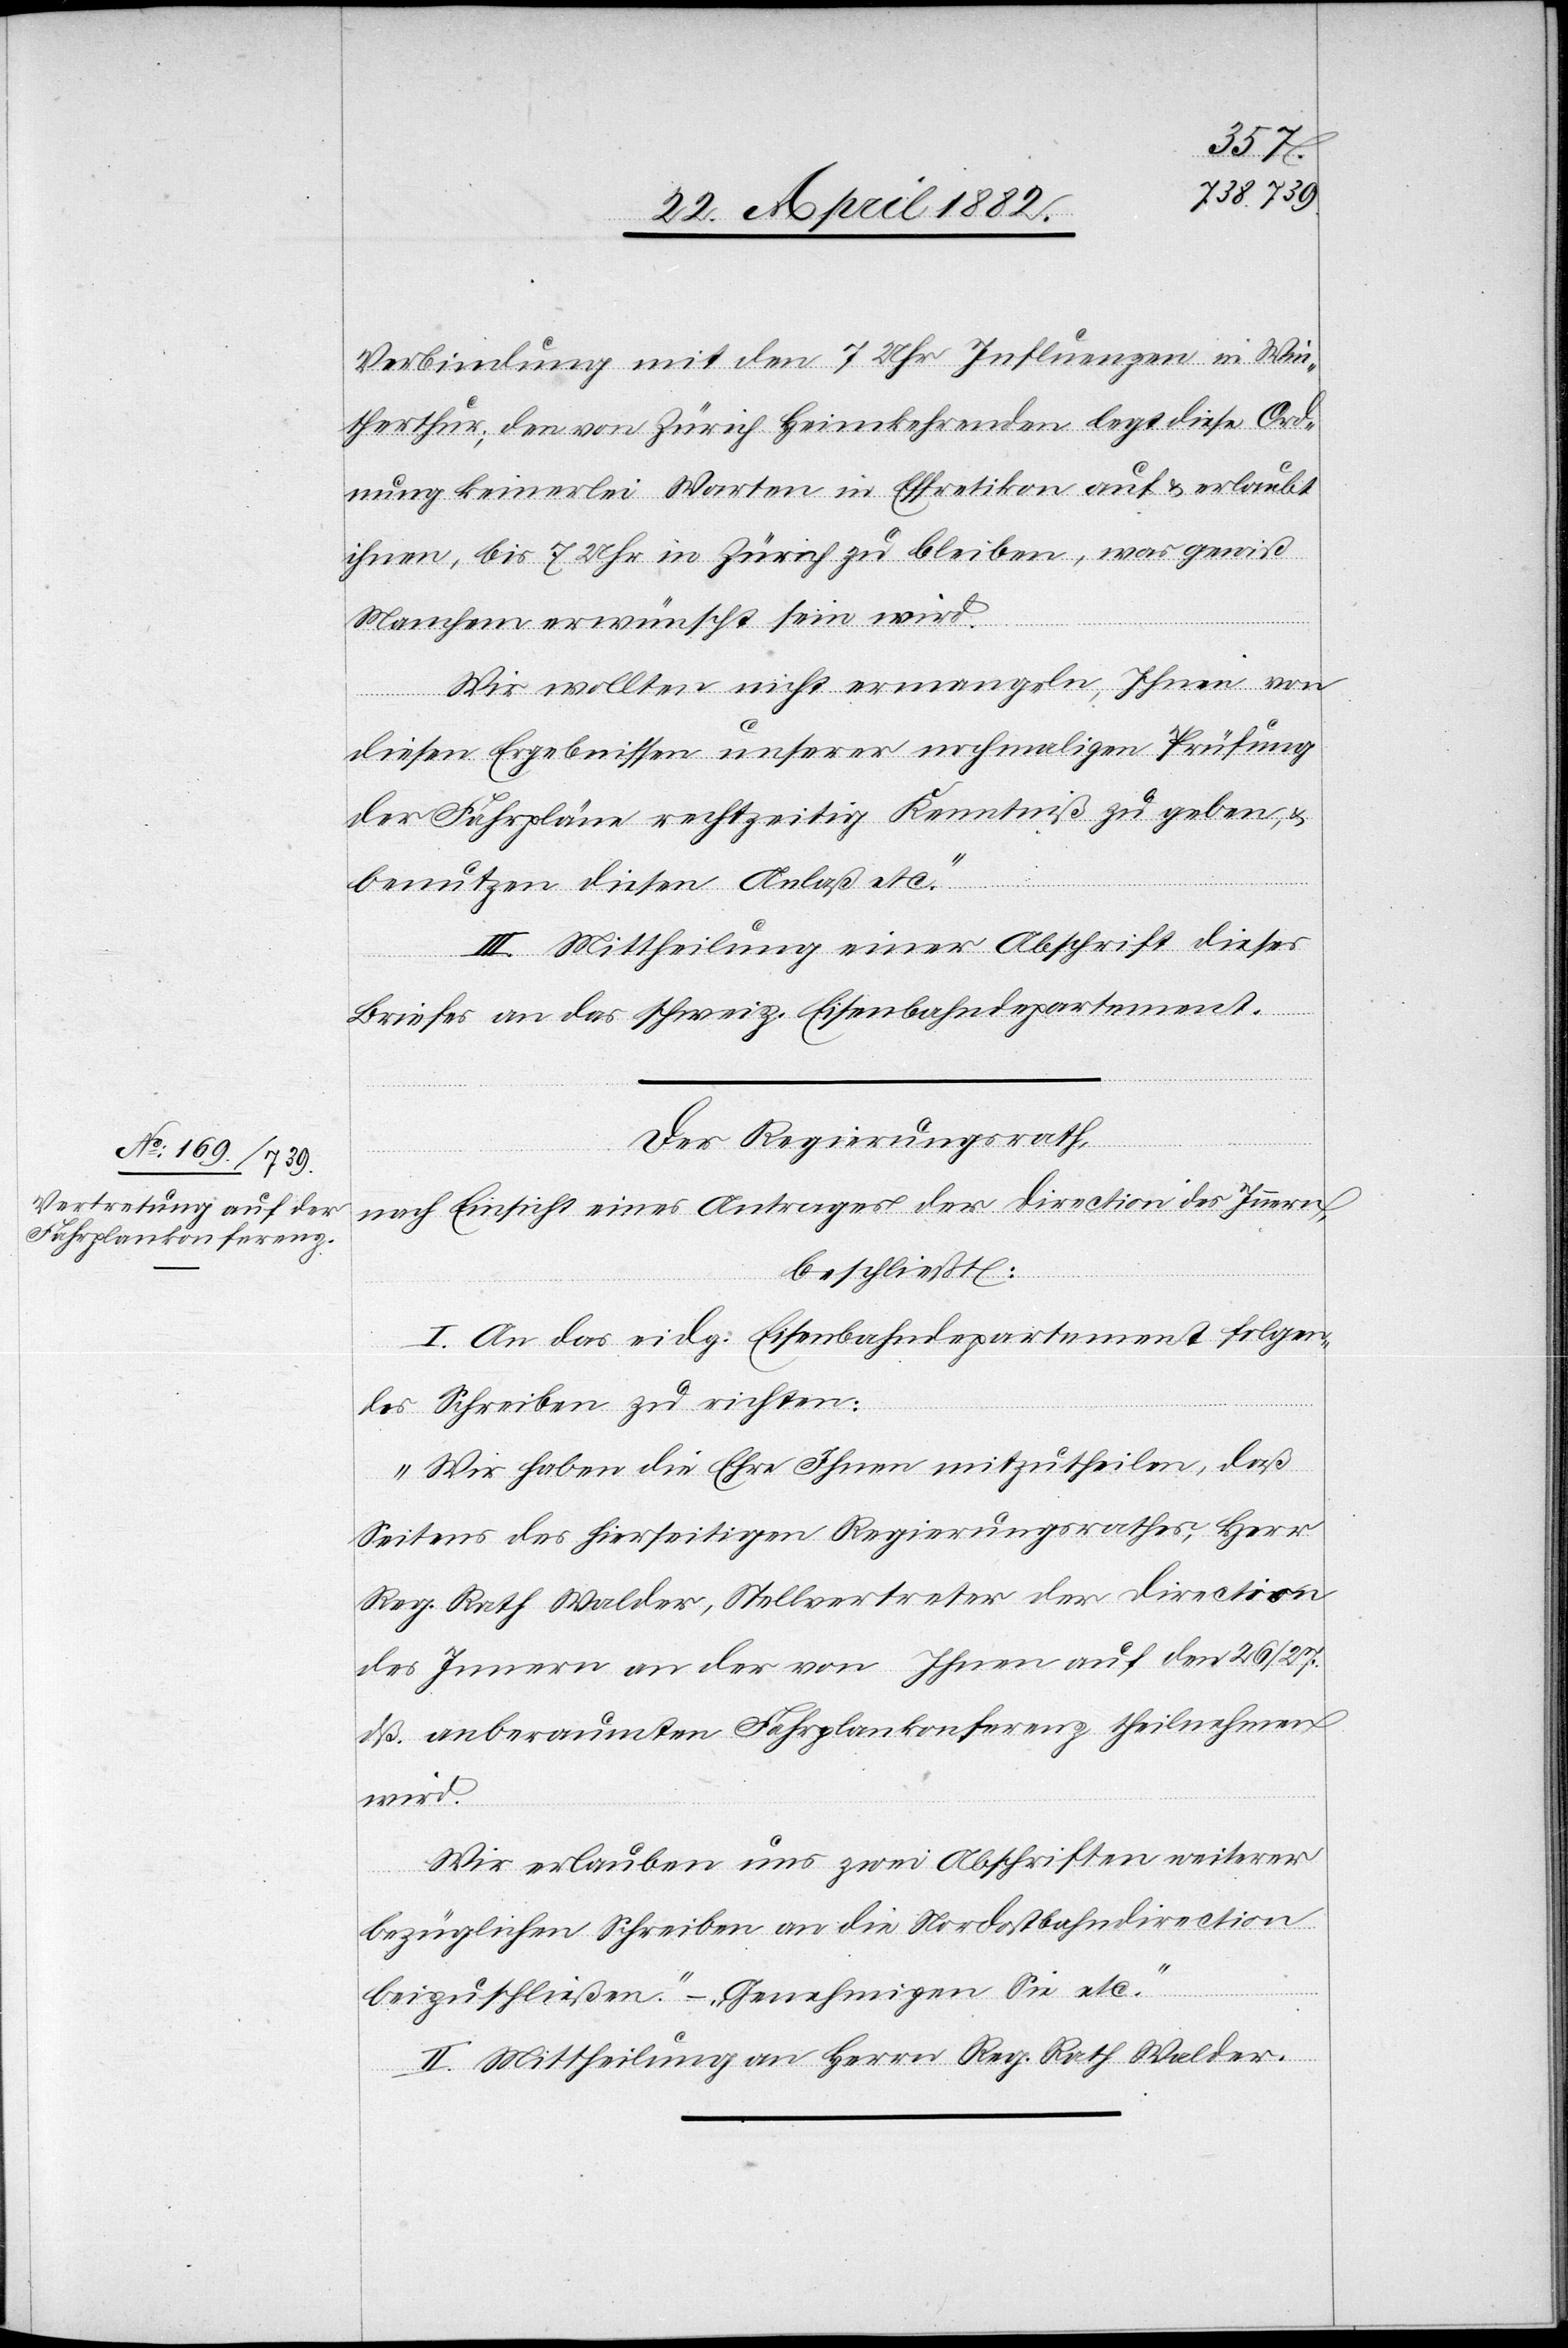
Verbindung mit den 7 Uhr Influenzen in Win¬
terthur; den von Zürich Heimkehrenden legt diese Ord¬
nung keinerlei Warten in Effretikon auf & erlaubt
ihnen, bis 7 Uhr in Zürich zu bleiben, was gewiß
Manchen erwünscht sein wird.
Wir wollen nicht ermangeln, Ihnen von
diesen Ergebnissen unserer nochmaligen Prüfung
der Fahrpläne rechtzeitig Kenntniß zu geben, &
benutzen diesen Anlaß etc.“
III. Mittheilung einer Abschrift dieses
Briefes an das schweiz. Eisenbahndepartement.
Der Regierungsrath,
nach Einsicht eines Antrages der Direction des Innern,
beschließt:
I. An das eidg. Eisenbahndepartement folgen¬
des Schreiben zu richten:
„Wir haben die Ehre Ihnen mitzutheilen, daß
Seitens des hierseitigen Regierungsrathes, Herr
Reg. Rath Walder, Stellvertreter der Direction
des Innern an der von Ihnen auf den 26./27.
dß. anberaumten Fahrplankonferenz theilnehmen
wird.
Wir erlauben uns zwei Abschriften weiterer
bezüglichen [sic!] Schreiben an die Nordostbahndirection
beizuschließen.“ – „Genehmigen Sie etc.“
II. Mittheilung an Herrn Reg. Rath Walder.